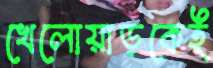
খেলোয়াড়কেই